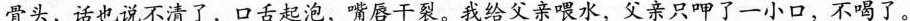
骨头，话也说不清了，口舌起泡，嘴唇干裂。我给父亲喂水，父亲只呷了一小口，不喝了。